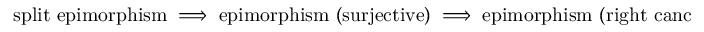
{ \mathrm { s p l i t ~ e p i m o r p h i s m } } \implies { \mathrm { e p i m o r p h i s m ~ ( s u r j e c t i v e ) } } \implies { \mathrm { e p i m o r p h i s m ~ ( r i g h t ~ c a n c e l a b l e ) } } ;